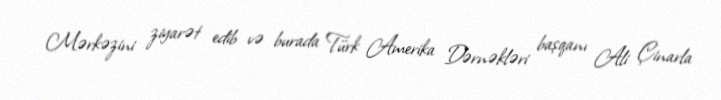
Mərkəzini ziyarət edib və burada Türk Amerika Dərnəkləri başqanı Ali Çinarla